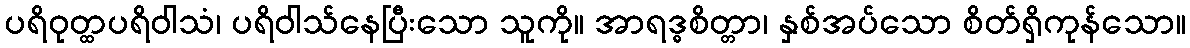
ပရိဝုတ္ထပရိဝါသံ၊ ပရိဝါသ်နေပြီးသော သူကို။ အာရဒ္ဓစိတ္တာ၊ နှစ်အပ်သော စိတ်ရှိကုန်သော။